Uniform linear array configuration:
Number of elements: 8
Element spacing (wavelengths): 0.25
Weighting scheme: hann
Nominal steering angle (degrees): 15
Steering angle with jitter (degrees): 15.546
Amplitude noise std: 0.05
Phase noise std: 0.05

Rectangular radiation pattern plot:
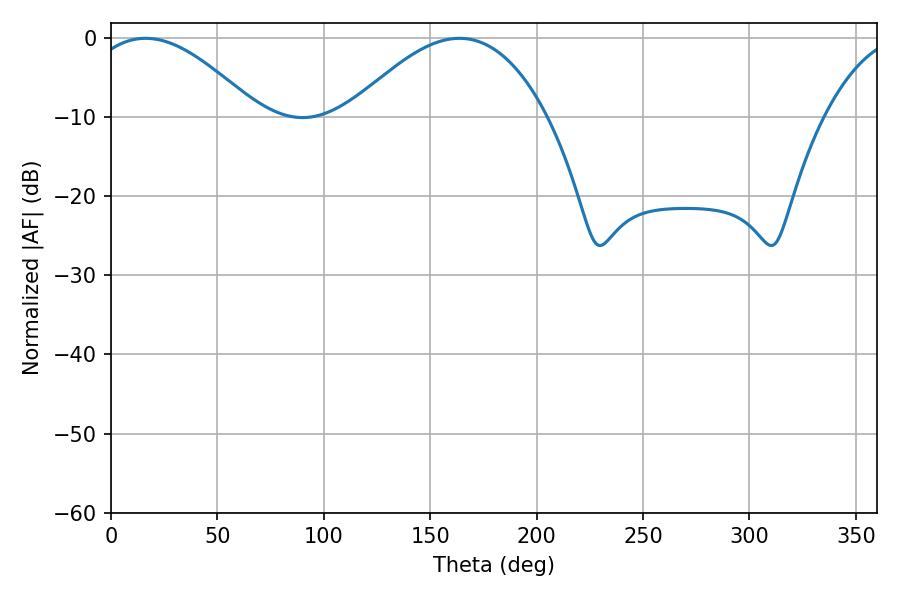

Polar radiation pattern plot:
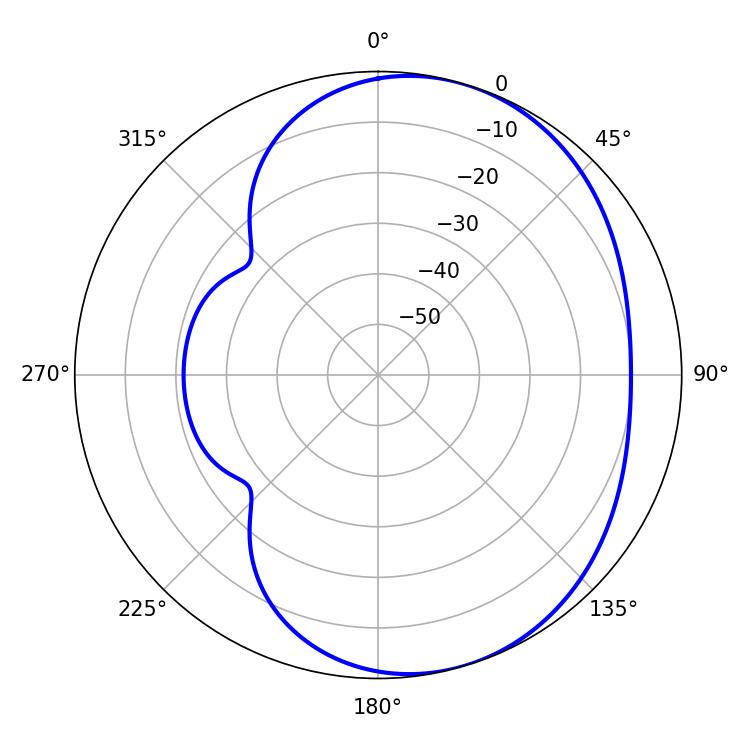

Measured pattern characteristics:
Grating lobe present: FALSE
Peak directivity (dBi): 4.808
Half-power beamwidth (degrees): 43.74
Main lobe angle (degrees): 16.2